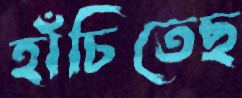
হাঁচিতেছ